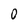
Character: 0